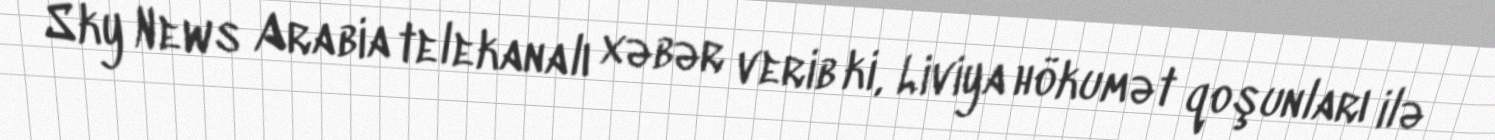
Sky News Arabia telekanalı xəbər verib ki, Liviya hökumət qoşunları ilə